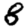
Digit: 8